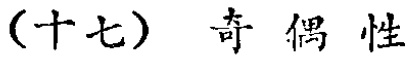
（十七）奇偶性